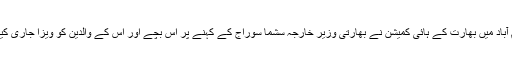
اسلام آباد میں بھارت کے ہائی کمیشن نے بھارتی وزیر خارجہ سشما سوراج کے کہنے پر اس بچے اور اس کے والدین کو ویزا جاری کیا تھا۔